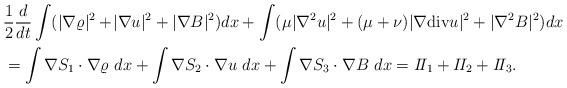
LaTeX: \begin{align*}\begin{aligned}&\frac{1}{2}\frac{d}{dt}\int ( |\nabla \varrho|^2+\!|\nabla u|^2+|\nabla B|^2 ) dx +\int ( \mu |\nabla^2 u|^2+(\mu+\nu)|\nabla{\rm div} u|^2+|\nabla^2 B|^2)dx\\&=\int \nabla S_1 \cdot \nabla \varrho \ dx+\int \nabla S_2 \cdot \nabla u \ dx+\int \nabla S_3 \cdot \nabla B \ dx=I\!I_1+I\!I_2+I\!I_3.\\\end{aligned}\end{align*}